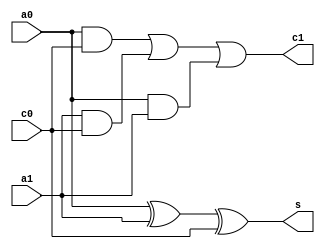
/***********************************************
Module Name:   Full_Adder_Always
Feature:       Full adder for 1 bit math add with always block
Coder:         Garfield
Organization:  XXXX Group, Department of Architecture
------------------------------------------------------
Input ports:   a0, a1, 1 bit, addends
               c0, 1 bit, carry bit from low bit
Output Ports:  s, 1 bit, sum
               c1, 1 bit, carry bit
------------------------------------------------------
History:
12-17-2015: First Version by Garfield
12-17-2015: Verified by Garfield with Full_Adder_test in ISE/Modelsim
***********************************************/

module full_adder_always 
  ( 
    input a0, a1,
    input c0,
    output reg s,
    output reg c1
  );

//Defination for Varables in the module
wire t1, t2, t3;
//Logicals
//Sum: 
always @(*)
begin
    s <= (a0 ^ a1) ^ c0;
end

//Carry bit: separate the equation into 3 independent parts in order to read
assign t1 = a0 & c0;
assign t2 = a1 & c0;
assign t3 = a0 & a1;

always @(*)
begin
    c1 <= (t1 | t2) | t3;
end

endmodule